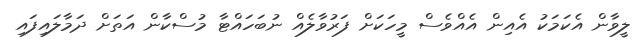
ލީވާން އެކަމަކު އެއިން އެއްވެސް މީހަކަށް ފަރުވާލެއް ނުބަހައްޓާ މުސްކާން އަތަށް ދަމާލައިފައި